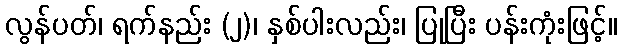
လွန်ပတ်၊ ရက်နည်း (၂)၊ နှစ်ပါးလည်း၊ ပြုပြီး ပန်းကုံးဖြင့်။